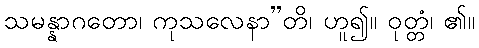
သမန္နာဂတော၊ ကုသလေနာ”တိ၊ ဟူ၍။ ဝုတ္တံ၊ ၏။